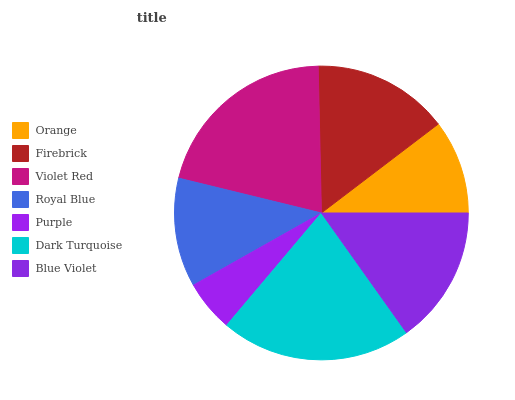
| Orange | Firebrick | Violet Red | Royal Blue | Purple | Dark Turquoise | Blue Violet |
 | --- | --- | --- | --- | --- | --- | --- |
 | 10.4% | 15% | 20.8% | 12% | 5.66% | 21% | 15.2% |